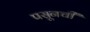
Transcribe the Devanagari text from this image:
पसूनची